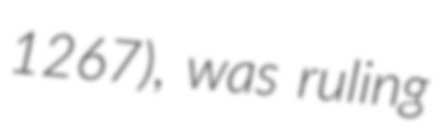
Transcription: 1267), was ruling